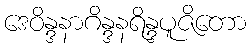
ဒေဝိန္ဒနာဂိန္ဒနရိန္ဒပူဇိတော